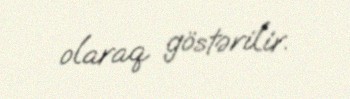
olaraq göstərilir.